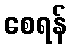
စေရန်